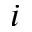
i